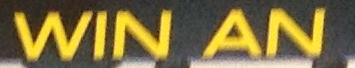
WIN AN